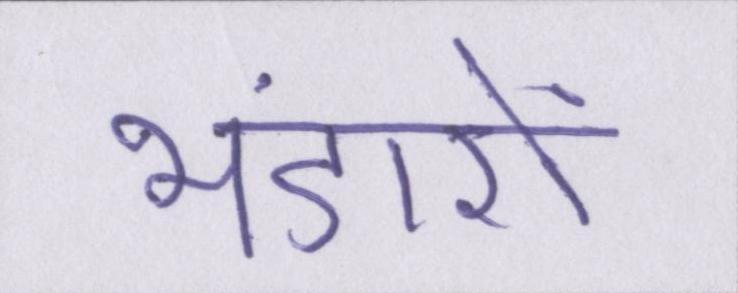
भंडारों